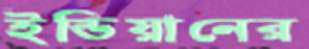
ইন্ডিয়ানের